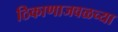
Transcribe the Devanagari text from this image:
ठिकाणाजवळच्या